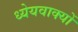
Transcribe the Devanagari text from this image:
ध्येयवाक्यों